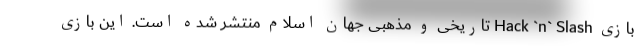
بازی Hack `n` Slash تاریخی و مذهبی جهان اسلام منتشر شده است. این بازی